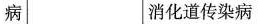
病|消化道传染病